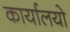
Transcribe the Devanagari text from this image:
कार्यालयो